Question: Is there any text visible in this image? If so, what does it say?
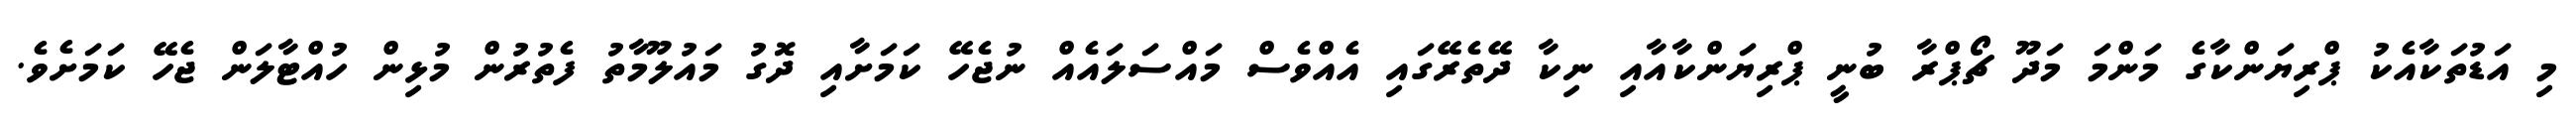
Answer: މި އަޑުތަކާއެކު ޕްރިޔަންކާގެ މަންމަ މަދޫ ޗޯޕްރާ ބުނީ ޕްރިޔަންކާއާއި ނިކާ ދޭތެރޭގައި އެއްވެސް މައްސަލައެއް ނުޖެހޭ ކަމަށާއި ދޮގު މައުލޫމާތު ފެތުރުން މުޅިން ހުއްޓާލަން ޖެހޭ ކަމަށެވެ.